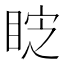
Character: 𭾷